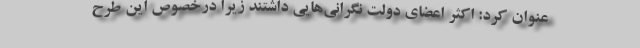
عنوان کرد: اکثر اعضای دولت نگرانی‌هایی داشتند زیرا درخصوص این طرح